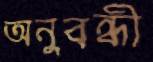
অনুবন্ধী